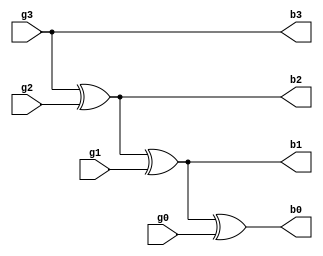
module four_bit_binary_to_gray_converter(b3,b2,b1,b0,g3,g2,g1,g0);
  input g3,g2,g1,g0;
  output b3,b2,b1,b0;
  buf (b3,g3);
  xor (b2,g3,g2);
  xor (b1,b2,g1);
  xor (b0,b1,g0);
endmodule